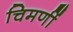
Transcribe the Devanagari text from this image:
चिमणीं